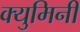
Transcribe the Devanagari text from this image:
क्युमिनी